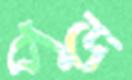
পড়